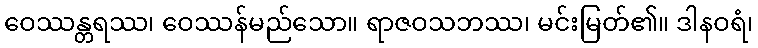
ဝေဿန္တရဿ၊ ဝေဿန်မည်သော။ ရာဇဝသဘဿ၊ မင်းမြတ်၏။ ဒါနဝရံ၊